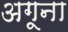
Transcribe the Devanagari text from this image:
अगूना